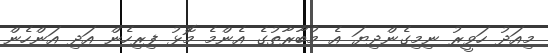
މިއަދު ހަވީރު ނިމިގެންދިޔަ އެ މުބާރާތުގެ އެންމެ މޮޅު ފިރިހެން އަދި އަންހެން